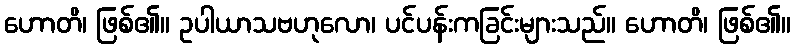
ဟောတိ၊ ဖြစ်၏။ ဥပါယာသဗဟုလော၊ ပင်ပန်းကခြင်းများသည်။ ဟောတိ၊ ဖြစ်၏။